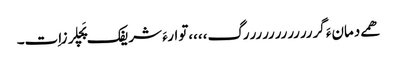
ھمے دمانءَ گررررررررررررگ،،،،توارءَ شریفک پَچلرزاِت۔